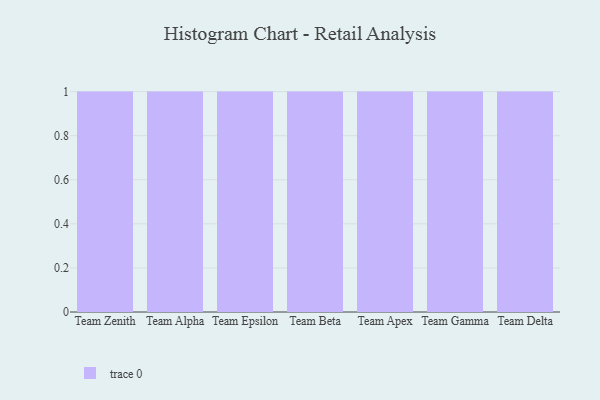
{"axis": {"x": "Team", "y": "Revenue (USD Million)"}, "legend": [""], "data": [{"x": "Team Zenith", "y": 94, "type": ""}, {"x": "Team Alpha", "y": 66, "type": ""}, {"x": "Team Epsilon", "y": 29, "type": ""}, {"x": "Team Beta", "y": 76, "type": ""}, {"x": "Team Apex", "y": 66, "type": ""}, {"x": "Team Gamma", "y": 58, "type": ""}, {"x": "Team Delta", "y": 97, "type": ""}]}